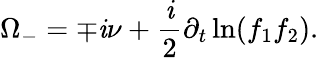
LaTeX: \Omega_{-}=\mp\mathit{i}\nu+\frac{{\mathit{i}}}{{2}}\partial_{t}\ln(f_{1}f_{2}).